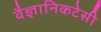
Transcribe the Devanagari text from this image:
वैज्ञानिकटेसी